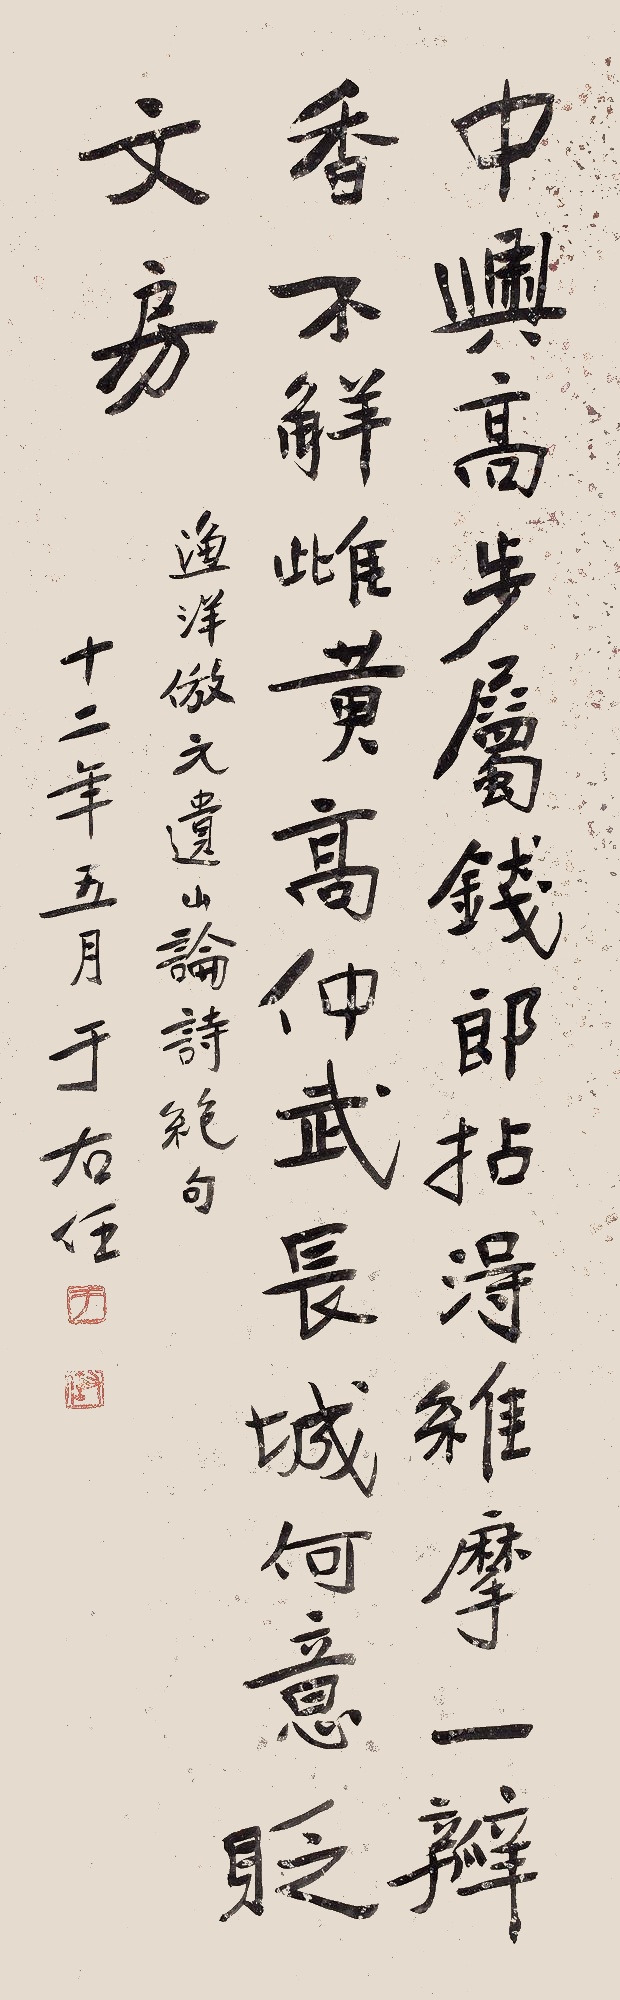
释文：中兴高步属钱郎，拈得维摩一瓣香。不解雌黄高仲武，长城何意贬文房。渔洋仿元遗山论诗绝句。十二年五月。于右任。